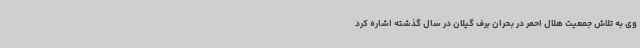
وی به تلاش جمعیت هلال احمر در بحران برف گیلان در سال گذشته اشاره کرد